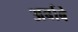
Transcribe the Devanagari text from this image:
अर्बाबे